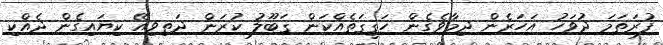
ފުރަތަމަ ދުވަހު އަހަރެން ދިމާވެގެން ހަޤީޤަތެއްކަން ޤަބޫލު ކުރަން ދަތިވިއޭ ކިޔައިގެން ދެއްކި